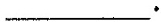
___.